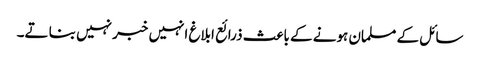
سائل کے مسلمان ہونے کے باعث ذرائع ابلاغ انہیں خبر نہیں بنا تے۔